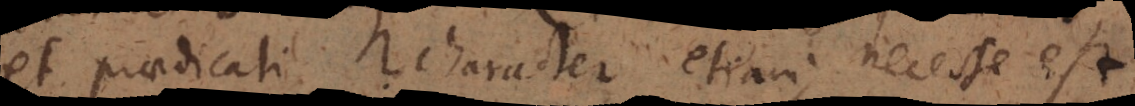
et praedicati character etiam; necesse est